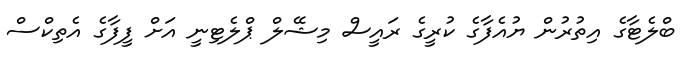
ބްލެޓާގެ އިތުރުން ޔުއެފާގެ ކުރީގެ ރައީސް މިޝޭލް ޕްލެޓިނީ އަށް ފީފާގެ އެތިކްސް